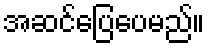
အဆင်ပြေပေမည်။